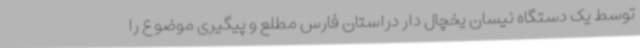
توسط یک دستگاه نیسان یخچال دار دراستان فارس مطلع و پیگیری موضوع را